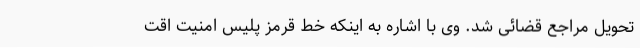
تحویل مراجع قضائی شد. وی با اشاره به اینکه خط قرمز پلیس امنیت اقت